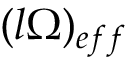
( l \Omega ) _ { e f f }